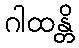
ဂါထန္တိ